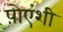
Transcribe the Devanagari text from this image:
प़ोएंशी